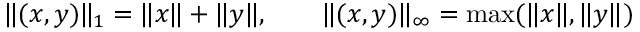
\| ( x , y ) \| _ { 1 } = \| x \| + \| y \| , \qquad \| ( x , y ) \| _ { \infty } = \operatorname* { m a x } ( \| x \| , \| y \| )